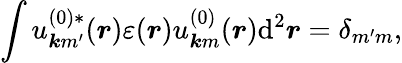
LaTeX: \int u_{\boldsymbol{k}m^{\prime}}^{(0)*}(\boldsymbol{r})\varepsilon(\boldsymbol{r})u_{\boldsymbol{k}m}^{(0)}(\boldsymbol{r})\mathrm{d}^{2}\boldsymbol{r}=\delta_{m^{\prime}m},